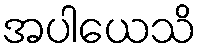
အပါယေသိ